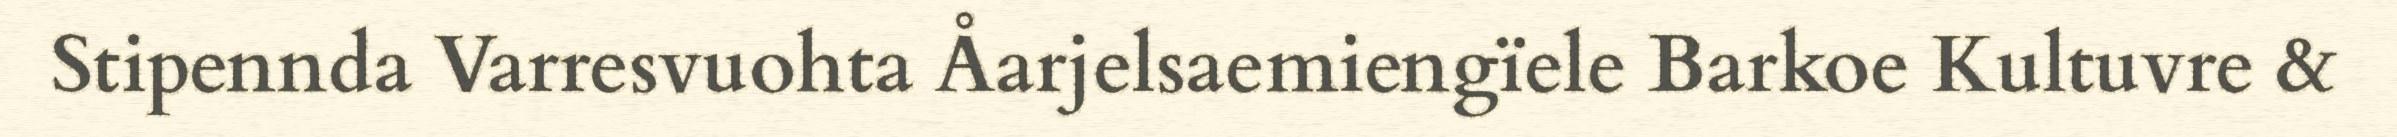
Stipennda Varresvuohta Åarjelsaemiengïele Barkoe Kultuvre &